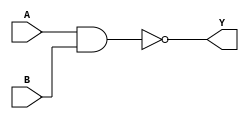
module NAND2X1 (A, B, Y);
input  A ;
input  B ;
output Y ;

   and (I0_out, A, B);
   not (Y, I0_out);

   specify
     // delay parameters
     specparam
       tplhl$A$Y = 0.071:0.071:0.071,
       tphlh$A$Y = 0.1:0.1:0.1,
       tplhl$B$Y = 0.072:0.072:0.072,
       tphlh$B$Y = 0.092:0.092:0.092;

     // path delays
     (A *> Y) = (tphlh$A$Y, tplhl$A$Y);
     (B *> Y) = (tphlh$B$Y, tplhl$B$Y);

   endspecify

endmodule